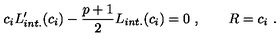
c _ { i } L _ { i n t . } ^ { \prime } ( c _ { i } ) - { \frac { p + 1 } { 2 } } L _ { i n t . } ( c _ { i } ) = 0 \ , \qquad R = c _ { i } \ .